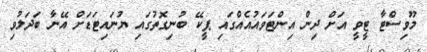
މޫވިސްޓާ ޓީވީ އަށް ދިން އިންޓަވައުއެއްގައި ޕީކޭ ބުނިގޮތުގައި ޔުނައިޓަޑަށް އޭނާ ބަދަލުވި